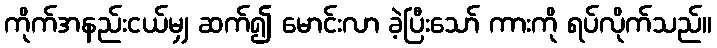
ကိုက်အနည်းငယ်မျှ ဆက်၍ မောင်းလာ ခဲ့ပြီးသော် ကားကို ရပ်လိုက်သည်။